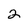
Character: 2